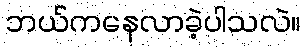
ဘယ်ကနေလာခဲ့ပါသလဲ။